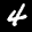
Label: 4